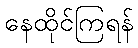
နေထိုင်ကြရန်